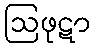
ဩဖုဋာ